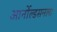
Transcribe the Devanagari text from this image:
आर्नोल्डसनला